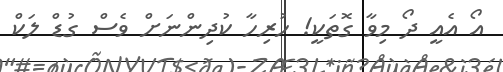
އޯ އެއީ ދޯ މިވާ ގޮތަކީ! ހުރިހާ ކުދިންނަށް ވެސް ގުޑް ލަކް